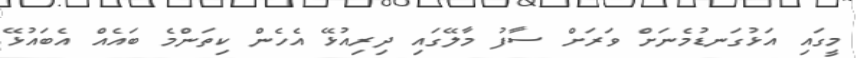
މީގައި އަޅުގަނޑުމެނަށް ވަރަށް ސާފު މާލޭގައި ދިރިއުޅޭ އެހެން ކިތަންމެ ބައެއް އެބައުޅޭ